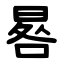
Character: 晷